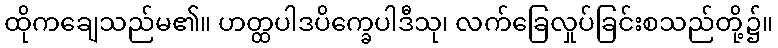
ထိုကချေသည်မ၏။ ဟတ္ထပါဒပိက္ခေပါဒီသု၊ လက်ခြေလှုပ်ခြင်းစသည်တို့၌။